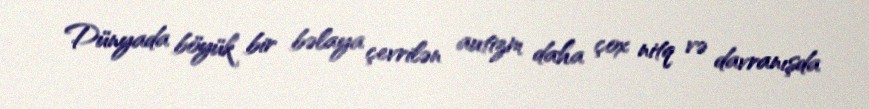
Dünyada böyük bir bəlaya çevrilən autizm daha çox nitq və davranışda